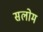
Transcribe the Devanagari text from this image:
सलोम